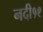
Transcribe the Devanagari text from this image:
नदी१९